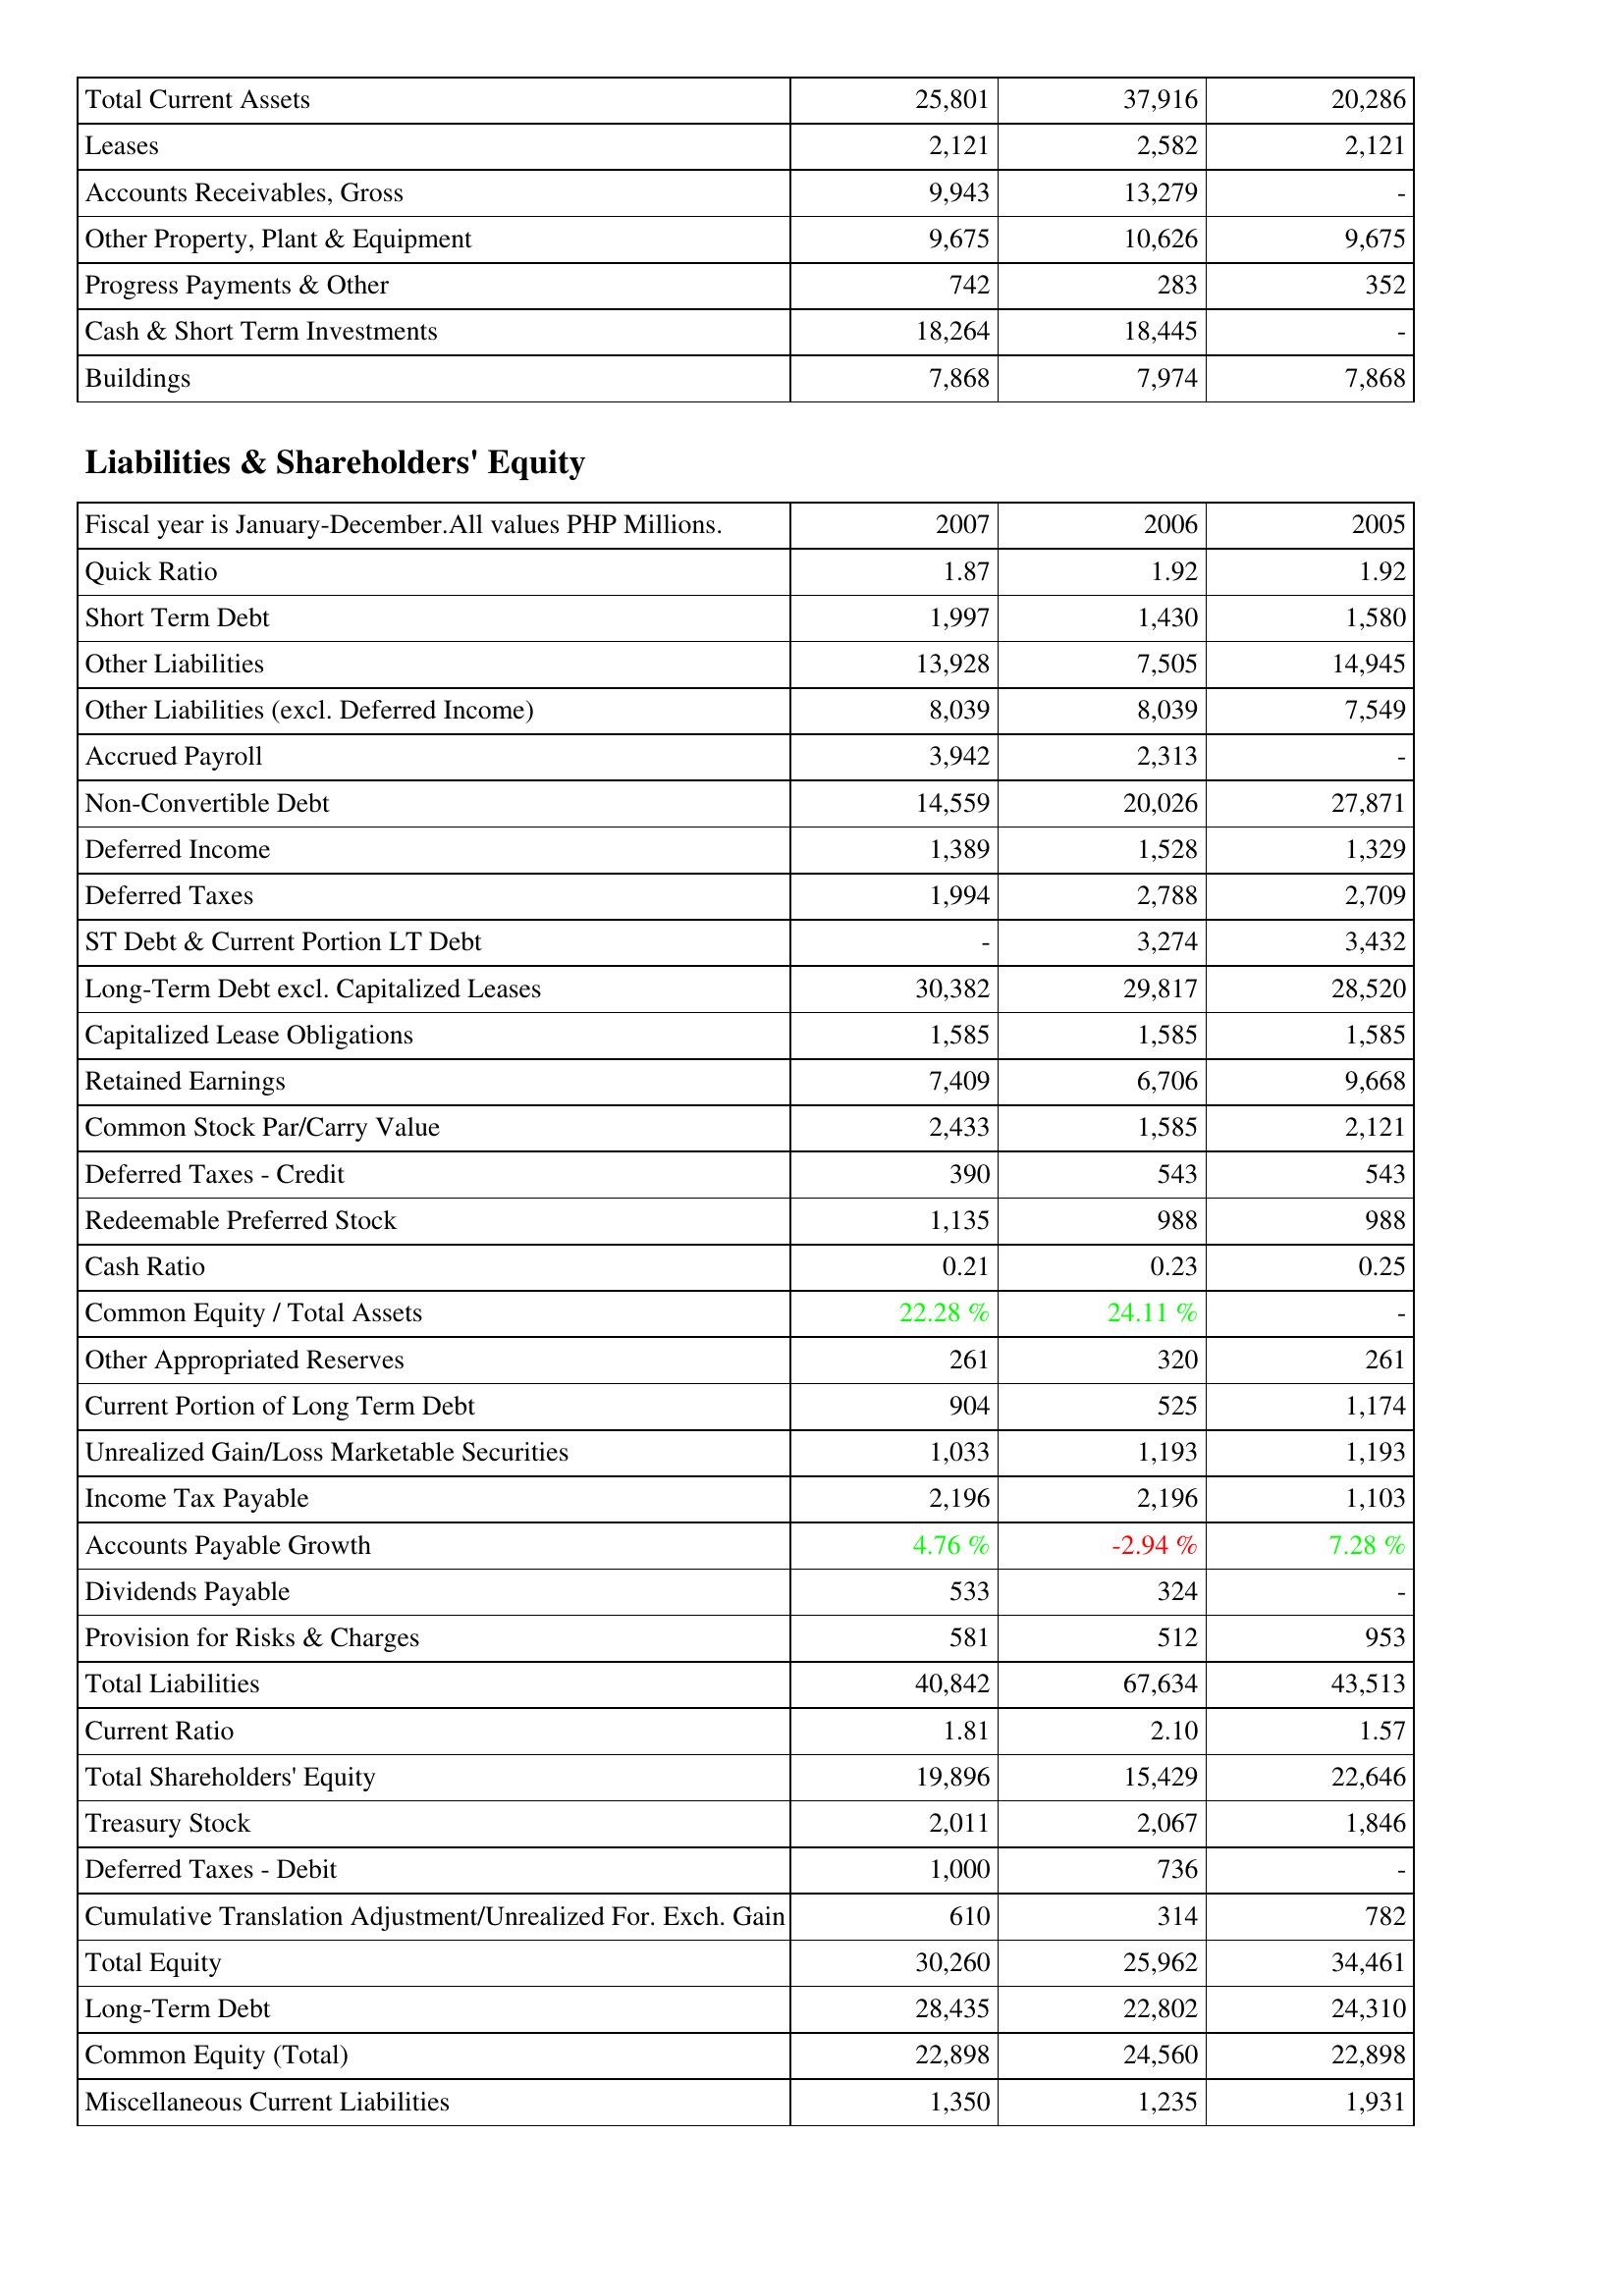
2007: Assets: Total Current Assets: 25,801
Leases: 2,121
Accounts Receivables, Gross: 9,943
Other Property, Plant & Equipment: 9,675
Progress Payments & Other: 742
Cash & Short Term Investments: 18,264
Buildings: 7,868
Liabilities & Shareholders' Equity: Quick Ratio: 1.87
Short Term Debt: 1,997
Other Liabilities: 13,928
Other Liabilities (excl. Deferred Income): 8,039
Accrued Payroll: 3,942
Non-Convertible Debt: 14,559
Deferred Income: 1,389
Deferred Taxes: 1,994
ST Debt & Current Portion LT Debt: -
Long-Term Debt excl. Capitalized Leases: 30,382
Capitalized Lease Obligations: 1,585
Retained Earnings: 7,409
Common Stock Par/Carry Value: 2,433
Deferred Taxes - Credit: 390
Redeemable Preferred Stock: 1,135
Cash Ratio: 0.21
Common Equity / Total Assets: 22.28 %
Other Appropriated Reserves: 261
Current Portion of Long Term Debt: 904
Unrealized Gain/Loss Marketable Securities: 1,033
Income Tax Payable: 2,196
Accounts Payable Growth: 4.76 %
Dividends Payable: 533
Provision for Risks & Charges: 581
Total Liabilities: 40,842
Current Ratio: 1.81
Total Shareholders' Equity: 19,896
Treasury Stock: 2,011
Deferred Taxes - Debit: 1,000
Cumulative Translation Adjustment/Unrealized For. Exch. Gain: 610
Total Equity: 30,260
Long-Term Debt: 28,435
Common Equity (Total): 22,898
Miscellaneous Current Liabilities: 1,350
2006: Assets: Total Current Assets: 37,916
Leases: 2,582
Accounts Receivables, Gross: 13,279
Other Property, Plant & Equipment: 10,626
Progress Payments & Other: 283
Cash & Short Term Investments: 18,445
Buildings: 7,974
Liabilities & Shareholders' Equity: Quick Ratio: 1.92
Short Term Debt: 1,430
Other Liabilities: 7,505
Other Liabilities (excl. Deferred Income): 8,039
Accrued Payroll: 2,313
Non-Convertible Debt: 20,026
Deferred Income: 1,528
Deferred Taxes: 2,788
ST Debt & Current Portion LT Debt: 3,274
Long-Term Debt excl. Capitalized Leases: 29,817
Capitalized Lease Obligations: 1,585
Retained Earnings: 6,706
Common Stock Par/Carry Value: 1,585
Deferred Taxes - Credit: 543
Redeemable Preferred Stock: 988
Cash Ratio: 0.23
Common Equity / Total Assets: 24.11 %
Other Appropriated Reserves: 320
Current Portion of Long Term Debt: 525
Unrealized Gain/Loss Marketable Securities: 1,193
Income Tax Payable: 2,196
Accounts Payable Growth: -2.94 %
Dividends Payable: 324
Provision for Risks & Charges: 512
Total Liabilities: 67,634
Current Ratio: 2.10
Total Shareholders' Equity: 15,429
Treasury Stock: 2,067
Deferred Taxes - Debit: 736
Cumulative Translation Adjustment/Unrealized For. Exch. Gain: 314
Total Equity: 25,962
Long-Term Debt: 22,802
Common Equity (Total): 24,560
Miscellaneous Current Liabilities: 1,235
2005: Assets: Total Current Assets: 20,286
Leases: 2,121
Accounts Receivables, Gross: -
Other Property, Plant & Equipment: 9,675
Progress Payments & Other: 352
Cash & Short Term Investments: -
Buildings: 7,868
Liabilities & Shareholders' Equity: Quick Ratio: 1.92
Short Term Debt: 1,580
Other Liabilities: 14,945
Other Liabilities (excl. Deferred Income): 7,549
Accrued Payroll: -
Non-Convertible Debt: 27,871
Deferred Income: 1,329
Deferred Taxes: 2,709
ST Debt & Current Portion LT Debt: 3,432
Long-Term Debt excl. Capitalized Leases: 28,520
Capitalized Lease Obligations: 1,585
Retained Earnings: 9,668
Common Stock Par/Carry Value: 2,121
Deferred Taxes - Credit: 543
Redeemable Preferred Stock: 988
Cash Ratio: 0.25
Common Equity / Total Assets: -
Other Appropriated Reserves: 261
Current Portion of Long Term Debt: 1,174
Unrealized Gain/Loss Marketable Securities: 1,193
Income Tax Payable: 1,103
Accounts Payable Growth: 7.28 %
Dividends Payable: -
Provision for Risks & Charges: 953
Total Liabilities: 43,513
Current Ratio: 1.57
Total Shareholders' Equity: 22,646
Treasury Stock: 1,846
Deferred Taxes - Debit: -
Cumulative Translation Adjustment/Unrealized For. Exch. Gain: 782
Total Equity: 34,461
Long-Term Debt: 24,310
Common Equity (Total): 22,898
Miscellaneous Current Liabilities: 1,931